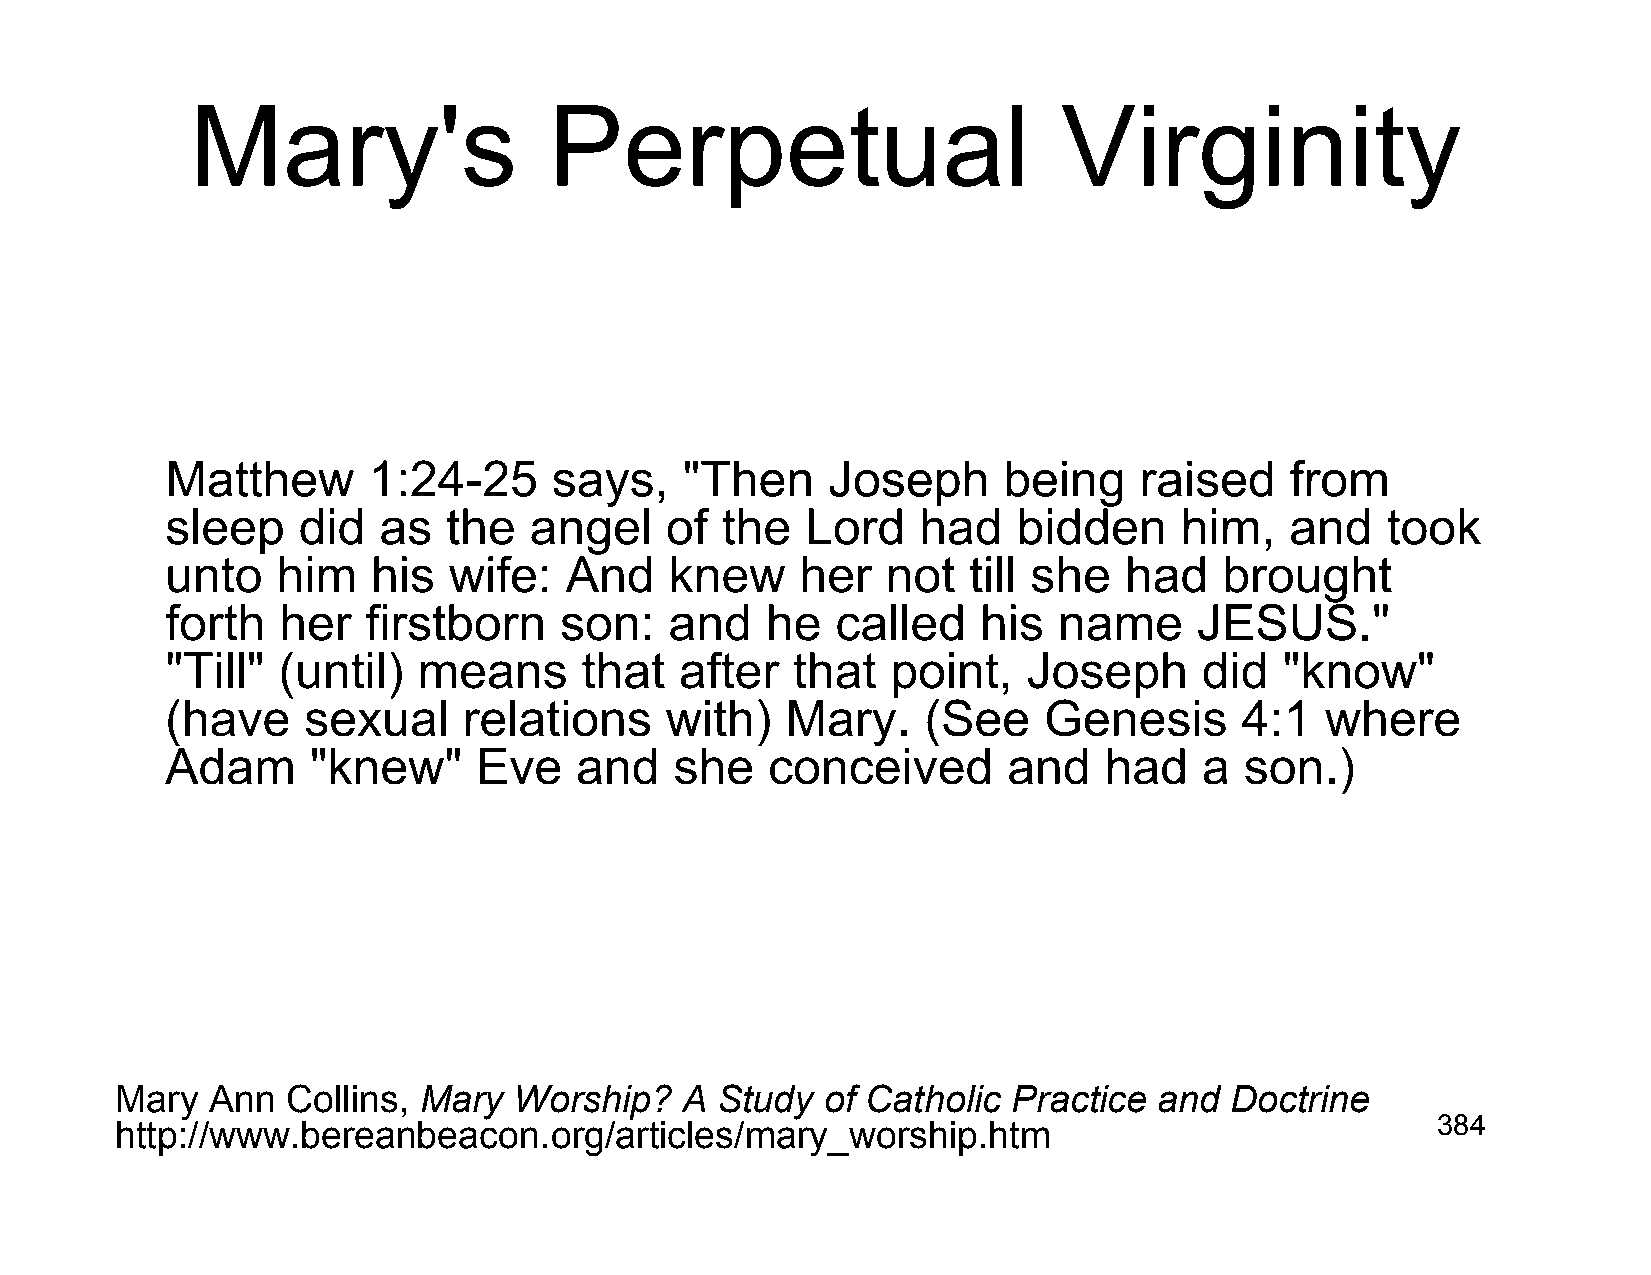
Mary's                 Perpetual                         Virginity
 Matthew      1:24-25      says,   "Then     Joseph     being    raised    from
 sleep    did  as   the  angel    of  the  Lord    had   bidden     him,   and    took
 unto   him    his  wife:  And    knew     her   not  till she  had    brought
 forth  her   firstborn    son:   and    he  called    his  name     JESUS."
 "Till" (until)   means     that   after  that   point,   Joseph      did  "know"
 (have    sexual     relations    with)   Mary.    (See    Genesis      4:1   where
 Adam      "knew"    Eve    and    she   conceived       and   had    a son.)
 Mary  Ann  Collins, Mary  Worship?   A Study   of Catholic Practice  and Doctrine
 http://www.bereanbeacon.org/articles/mary_worship.htm                                  384